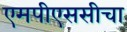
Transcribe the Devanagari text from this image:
एमपीएससीचा